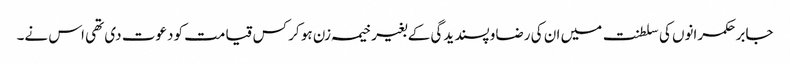
جابر حکمرانوں کی سلطنت میں ان کی رضاو پسندیدگی کے بغیر خیمہ زن ہو کر کس قیامت کو دعوت دی تھی اس نے۔